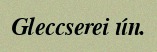
Gleccserei ún.